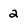
Character: 2